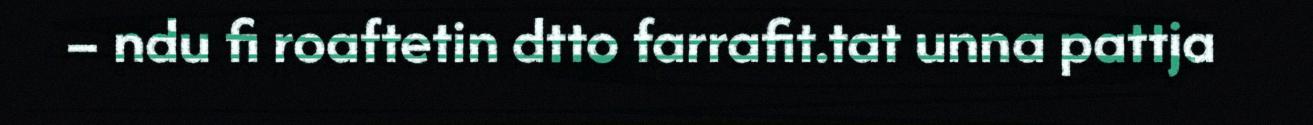
– ndu fi roaftetin dtto farrafit.tat unna pattja